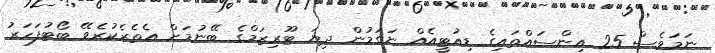
ނަމަވެސް 25 އިންސައްތައިގެ ޑިއުޓީއެއް ނަގަމުން ދިޔަ ޓޫރިޒަމްގެ ބޭނުމަށް އެތެރެކުރެވޭ ބޯޓުފަހަރު